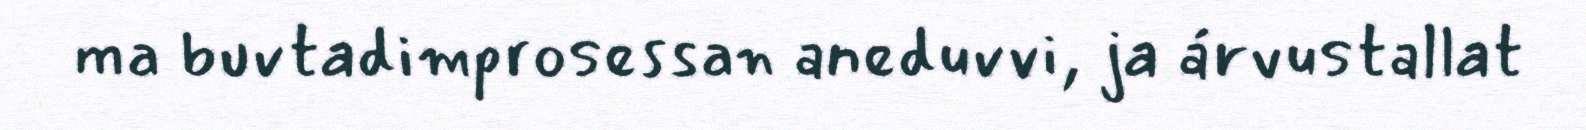
ma buvtadimprosessan aneduvvi, ja árvustallat